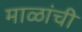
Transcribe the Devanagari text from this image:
माळांची